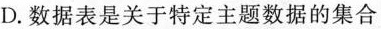
D.数据表是关于特定主题数据的集合